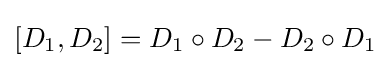
[D_{1},D_{2}]=D_{1}\circ D_{2}-D_{2}\circ D_{1}